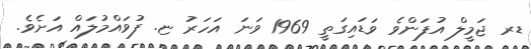
ޑރ ޖަމީލް އުފަންވެ ވަޑައިގަތީ 1969 ވަނަ އަހަރު ޏ. ފުވައްމުލައް އަށެވެ.